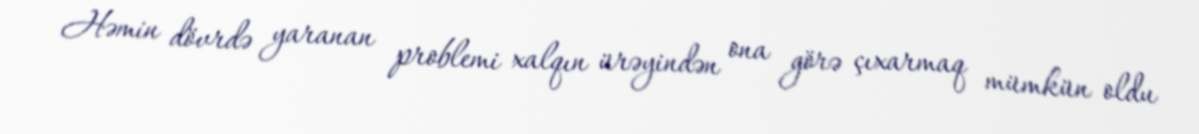
Həmin dövrdə yaranan problemi xalqın ürəyindən ona görə çıxarmaq mümkün oldu